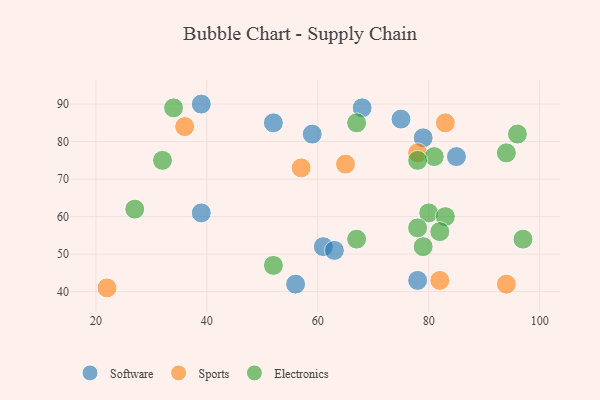
{"axis": {"x": "GDP", "y": "Life Expectancy"}, "legend": ["Electronics", "Software", "Sports"], "data": [{"x": "56", "y": 42, "type": "Software"}, {"x": "61", "y": 52, "type": "Software"}, {"x": "39", "y": 61, "type": "Software"}, {"x": "39", "y": 90, "type": "Software"}, {"x": "79", "y": 81, "type": "Software"}, {"x": "59", "y": 82, "type": "Software"}, {"x": "63", "y": 51, "type": "Software"}, {"x": "78", "y": 43, "type": "Software"}, {"x": "68", "y": 89, "type": "Software"}, {"x": "85", "y": 76, "type": "Software"}, {"x": "52", "y": 85, "type": "Software"}, {"x": "75", "y": 86, "type": "Software"}, {"x": "65", "y": 74, "type": "Sports"}, {"x": "82", "y": 43, "type": "Sports"}, {"x": "83", "y": 85, "type": "Sports"}, {"x": "78", "y": 77, "type": "Sports"}, {"x": "22", "y": 41, "type": "Sports"}, {"x": "94", "y": 42, "type": "Sports"}, {"x": "57", "y": 73, "type": "Sports"}, {"x": "36", "y": 84, "type": "Sports"}, {"x": "94", "y": 77, "type": "Electronics"}, {"x": "96", "y": 82, "type": "Electronics"}, {"x": "52", "y": 47, "type": "Electronics"}, {"x": "81", "y": 76, "type": "Electronics"}, {"x": "80", "y": 61, "type": "Electronics"}, {"x": "79", "y": 52, "type": "Electronics"}, {"x": "78", "y": 75, "type": "Electronics"}, {"x": "83", "y": 60, "type": "Electronics"}, {"x": "97", "y": 54, "type": "Electronics"}, {"x": "82", "y": 56, "type": "Electronics"}, {"x": "34", "y": 89, "type": "Electronics"}, {"x": "78", "y": 57, "type": "Electronics"}, {"x": "32", "y": 75, "type": "Electronics"}, {"x": "27", "y": 62, "type": "Electronics"}, {"x": "67", "y": 85, "type": "Electronics"}, {"x": "67", "y": 54, "type": "Electronics"}]}